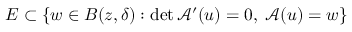
E \subset \{ w \in B ( z , \delta ) : \operatorname* { d e t } \mathcal { A } ^ { \prime } ( u ) = 0 , \; \mathcal { A } ( u ) = w \}